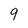
Character: 9